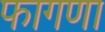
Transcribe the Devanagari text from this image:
फागणा